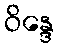
ဝိန္ဒေ